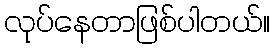
လုပ်နေတာဖြစ်ပါတယ်။